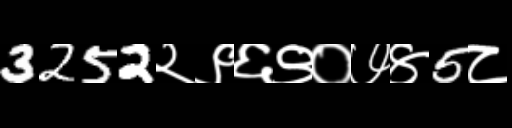
Text: 3252२९६९०७४5८